Report of the Indian Hemp Drugs Commission, 1894-1895 - Volume VI
Year: 1894
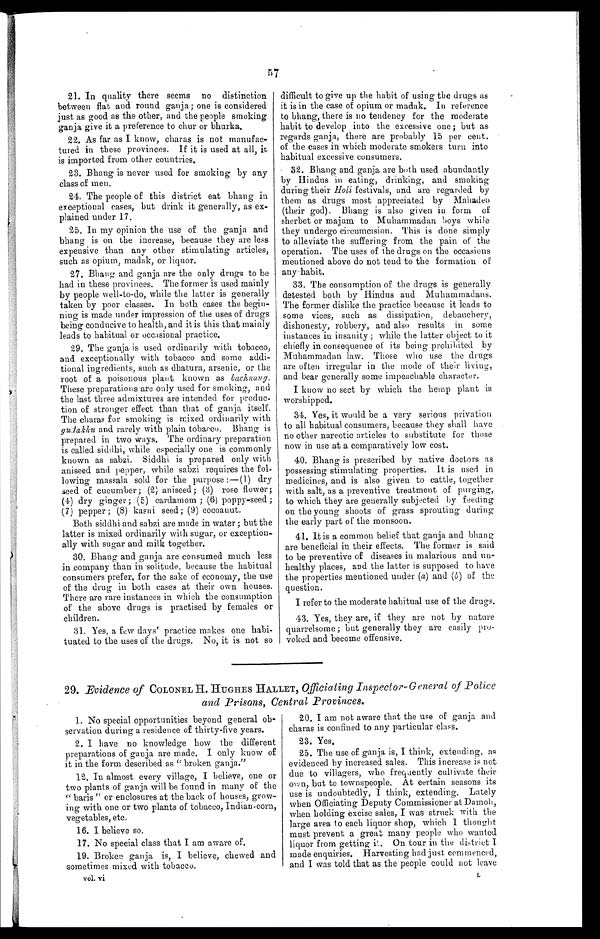
57
21. In quality there seems no distinction
between flat and round ganja; one is considered
just as good as the other, and the people smoking
ganja give it a preference to chur or bhurka.
22. As far as I know, charas is not manufac-
tured in these provinces. If it is used at all, it
is imported from other countries.
23. Bhang is never used for smoking by any
class of men.
24. The people of this district eat bhang in
exceptional cases, but drink it generally, as ex-
plained under 17.
25. In my opinion the use of the ganja and
bhang is on the increase, because they are less
expensive than any other stimulating articles,
such as opium, madak, or liquor.
27. Bhang and ganja are the only drugs to be
had in these provinces. The former is used mainly
by people well-to-do, while the latter is generally
taken by poor classes. In both cases the begin-
ning is made under impression of the uses of drugs
being conducive to health, and it is this that mainly
leads to habitual or occasional practice.
29. The ganja is used ordinarily with tobacco,
and exceptionally with tobacco and some addi-
tional ingredients, such as dhatura, arsenic, or the
root of a poisonous plant known as bachnaug.
These preparations are only used for smoking, and
the last three admixtures are intended for produc-
tion of stronger effect than that of ganja itself.
The charas for smoking is mixed ordinarily with
gudakhu and rarely with plain tobacco. Bhang is
prepared in two ways. The ordinary preparation
is called siddhi, while especially one is commonly
known as sabzi. Siddhi is prepared only with
aniseed and pepper, while sabzi requires the fol-
lowing massala sold for the purpose :—(l) dry
seed of cucumber; (2) aniseed ; (3) rose flower ;
(4) dry ginger ; (5) cardamom ; (6) poppy-seed ;
(7) pepper ; (8) kasni seed ; (9) cocoanut.
Both siddhi and sabzi are made in water ; but the
latter is mixed ordinarily with sugar, or exception-
ally with sugar and milk together.
30. Bhang and ganja are consumed much less
in company than in solitude, because the habitual
consumers prefer, for the sake of economy, the use
of the drug in both eases at their own houses.
There are rare instances in which the consumption
of the above drugs is practised by females or
children.
31. Yes, a few days' practice makes one habi-
tuated to the uses of the drugs. No, it is not so
difficult to give up the habit of using the drugs as
it is in the case of opium or madak. In reference
to bhang, there is no tendency for the moderate
habit to develop into the excessive one; but as
regards ganja, there are probably 15 per cent.
of the cases in which moderate smokers turn into
habitual excessive consumers.
32. Bhang and ganja are both used abundantly
by Hindus in eating, drinking, and smoking
during their Holi festivals, and are regarded by
them as drugs most appreciated by Mahadeo
(their god). Bhang is also given in form of
sherbet or majum to Muhammadan boys while
they undergo Circumcision. This is done simply
to alleviate the suffering from the pain of the
operation. The uses of the drugs on the occasions
mentioned above do not tend to the formation of
any .habit.
33. The consumption of the drugs is generally
detested both by Hindus and Muhammadans.
The former dislike the practice because it leads to
some vices, such as dissipation, debauchery,
dishonesty, robbery, and also results in some
instances in insanity ; while the latter object to it
chiefly in consequence of its being prohibited by
Muhammadan law. Those who use the drugs
are often irregular in the mode of their living,
and bear generally some impeachable character.
I know no sect by which the hemp plant is
worshipped.
34. Yes, it would be a very serious privation
to all habitual consumers, because they shall have
no other narcotic articles to substitute for those
now in use at a comparatively low cost.
40. Bhang is prescribed by native doctors as
possessing stimulating properties. It is used in
medicines, and is also given to cattle, together
with salt, as a preventive treatment of purging,
to which they are generally subjected by feeding
on the young shoots of grass sprouting during
the early part of the monsoon.
41. It is a common belief that ganja and bhang
are beneficial in their effects. The former is said
to be preventive of diseases in malarious and un
-
healthy places, and the latter is supposed to have
the properties mentioned under (a) and (b) of the
question.
I refer to the moderate habitual use of the drugs.
43. Yes, they are, if they are not by nature
quarrelsome ; but generally they are easily pro
-
voked and become offensive.
29. Evidence of COLONEL H. HUGHES HALLET, Officiating Inspector-General of Police
and Prisons. Central Provinces.
1. No special opportunities beyond general ob-
servation during a residence of thirty-five years.
2. I have no knowledge how the different
preparations of ganja are made. I only know of
it in the form described as " broken ganja."
12. In almost every village, I believe, one or
two plants of ganja will be found in many of the
" baris " or enclosures at the back of houses, grow-
ing with one or two plants of tobacco, Indian-corn,
vegetables, etc.
16. I believe so.
17. No special class that I am aware of.
19. Broken ganja is, I believe, chewed and
sometimes mixed with tobacco.
vol. vi
20. I am not aware that the use of ganja and
charas is confined to any particular class.
23. Yes.
25. The use of ganja is, I think, extending, as
evidenced by increased sales. This increase is not
due to villagers, who frequently cultivate their
own, but to townspeople. At certain seasons its
use is undoubtedly, I think, extending. Lately
when Officiating Deputy Commissioner at Damoli,
when holding excise sales, I was struck with the
large area to each liquor shop, which I thought
must prevent a great many people who wanted
liquor from getting it. On tour in the district I
made enquiries. Harvesting had just commenced,
and I was told that as the people could not leave